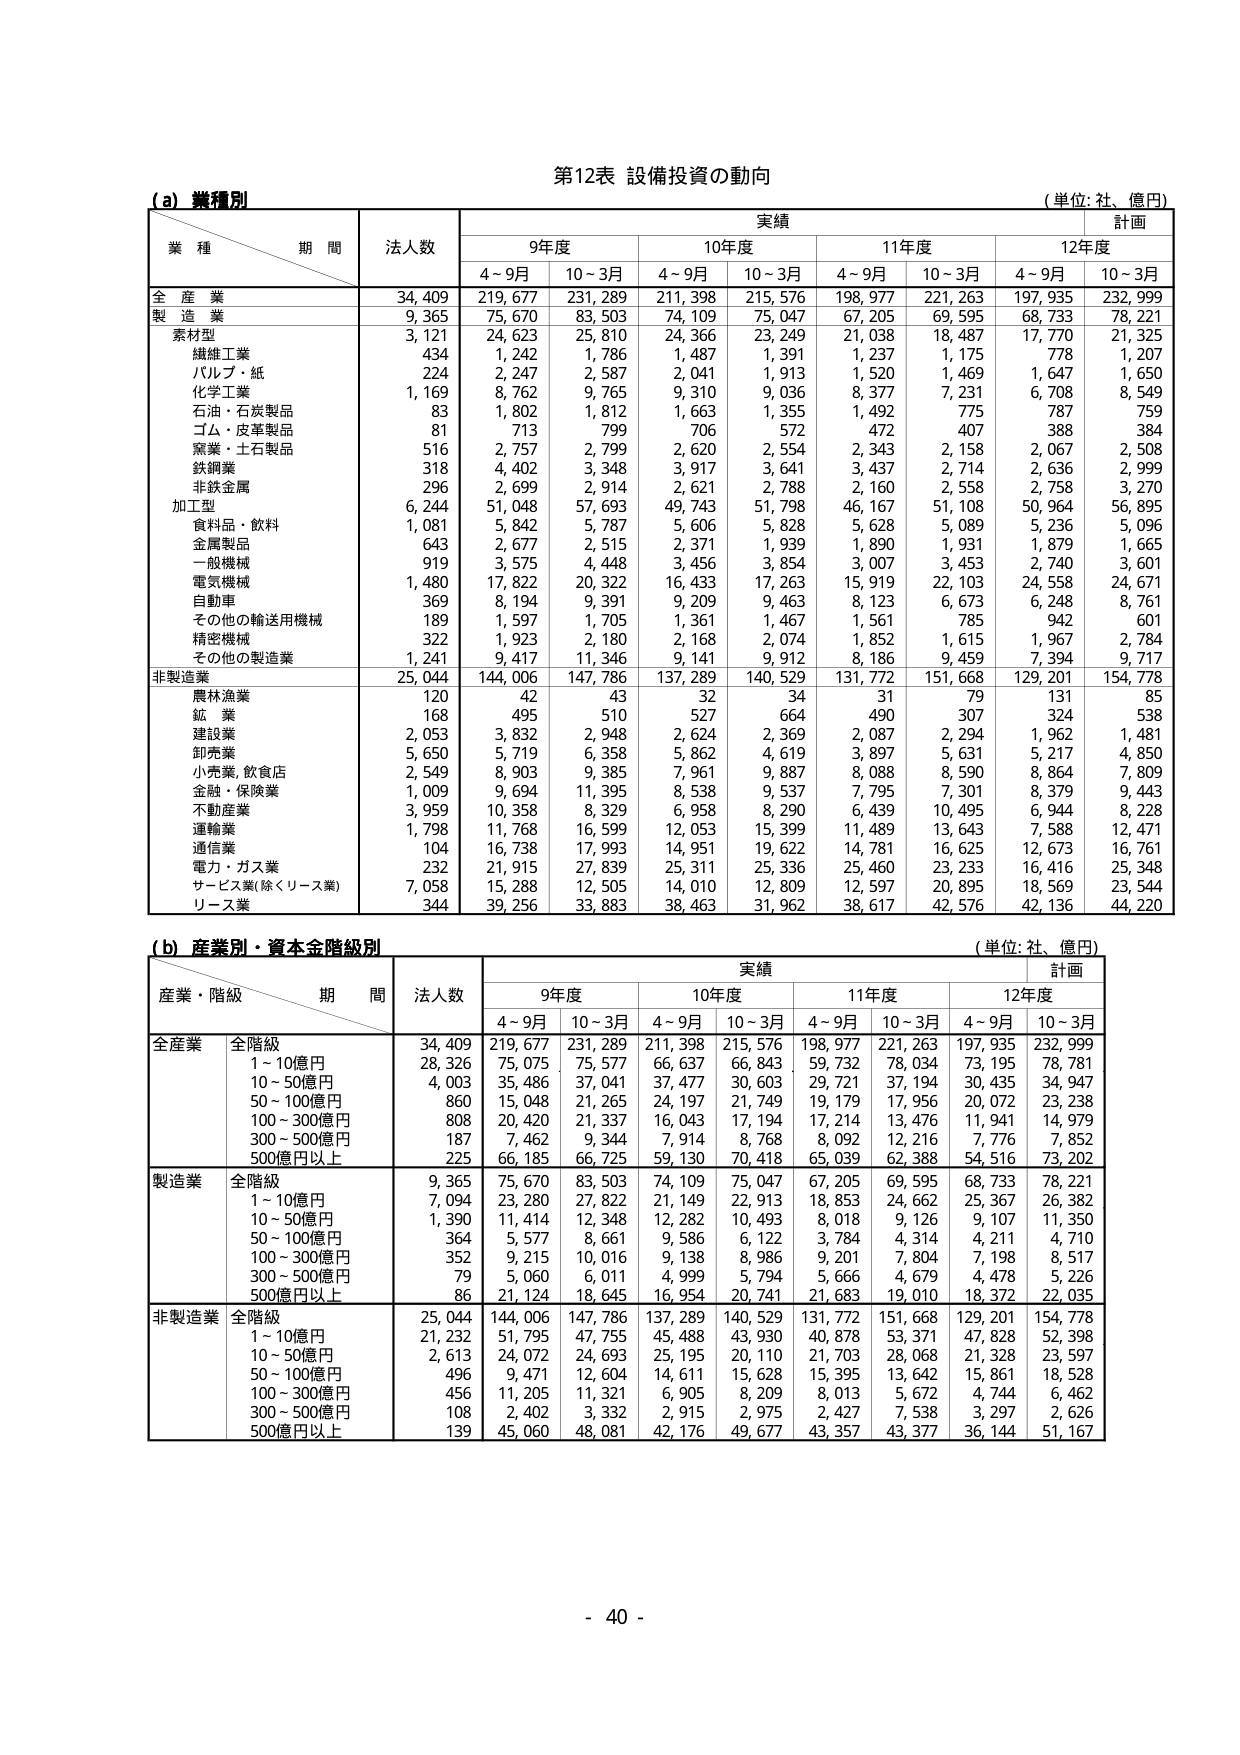
第12表 設備投資の動向
(単位: 社、億円)

(a) 業種別

業種／期間　　法人数　　実績